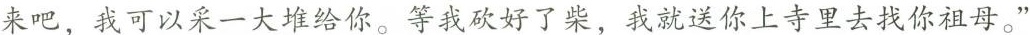
来吧，我可以采一大堆给你。等我砍好了柴，我就可以送你上寺里去找你祖母。”